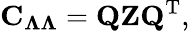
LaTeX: {\mathbf C}_{{\mathbf{\Lambda}}{\mathbf{\Lambda}}}={\mathbf Q}{\mathbf Z}{\mathbf Q}^{\mathrm{T}},